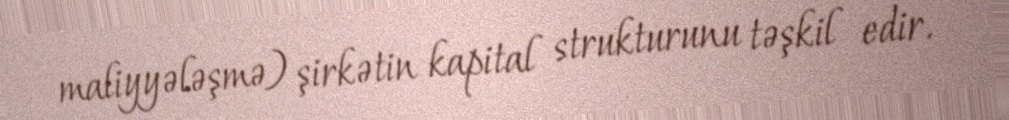
maliyyələşmə) şirkətin kapital strukturunu təşkil edir.